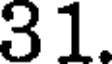
31.